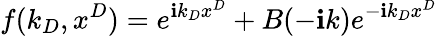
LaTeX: f(k_{D},x^{D})=e^{\mathbf{i}k_{D}x^{D}}+B(-\mathbf{i}k)e^{-\mathbf{i}k_{D}x^{D}}